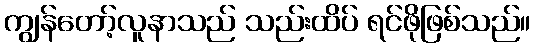
ကျွန်တော့်လူနာသည် သည်းထိပ် ရင်ဖိုဖြစ်သည်။